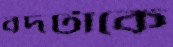
বদটাকে